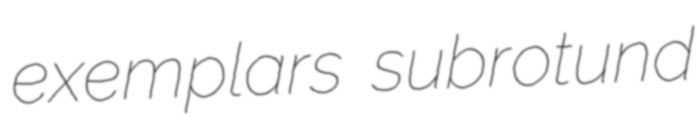
exemplars subrotund